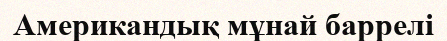
Американдық мұнай баррелі